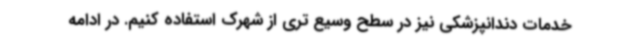
خدمات دندانپزشکی نیز در سطح وسیع تری از شهرک استفاده کنیم. در ادامه